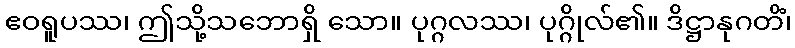
ဧဝရူပဿ၊ ဤသို့သဘောရှိ သော။ ပုဂ္ဂလဿ၊ ပုဂ္ဂိုလ်၏။ ဒိဋ္ဌာနုဂတိံ၊